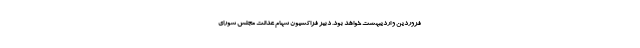
فروردین و اردیبهشت خواهد بود. دبیر فراکسیون سهام عدالت مجلس شورای